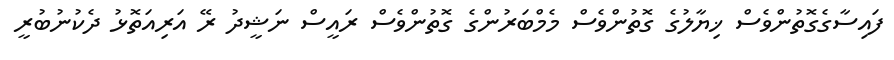
ފައިސާގެގޮތުންވެސް ޚިޔާލުގެ ގޮތުންވެސް މެމްބަރުންގެ ގޮތުންވެސް ރައީސް ނަޝީދު ރޭ އަރިއަތޮޅު ދެކުނުބުރީ